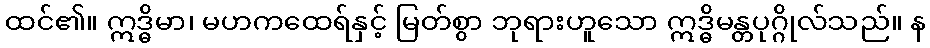
ထင်၏။ ဣဒ္ဓိမာ၊ မဟကထေရ်နှင့် မြတ်စွာ ဘုရားဟူသော ဣဒ္ဓိမန္တပုဂ္ဂိုလ်သည်။ န